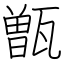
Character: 甑